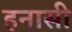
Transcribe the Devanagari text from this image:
हनासी